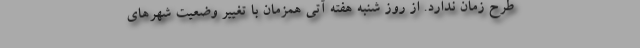
طرح زمان ندارد. از روز شنبه هفته آتی همزمان با تغییر وضعیت شهرهای